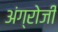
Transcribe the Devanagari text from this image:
अंग्रोजी